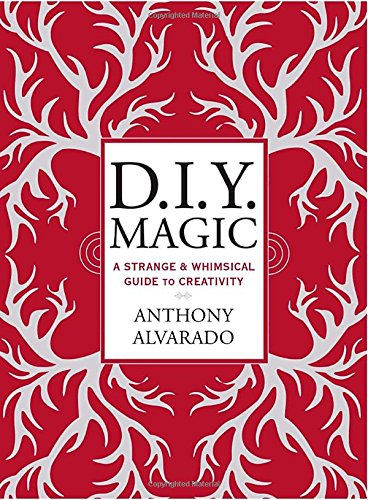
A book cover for DIY Magic: A Strange and Whimsical Guide to Creativity; Anthony Alvarado; Health, Fitness & Dieting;